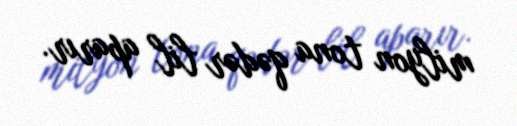
milyon tona qədər lil aparır.